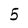
Character: 5